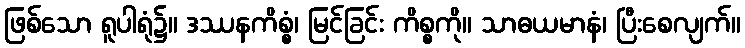
ဖြစ်သော ရူပါရုံ၌။ ဒဿနကိစ္စံ၊ မြင်ခြင်း ကိစ္စကို။ သာဓယမာနံ၊ ပြီးစေလျက်။